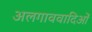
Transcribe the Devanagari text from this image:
अलगाववादिओं